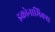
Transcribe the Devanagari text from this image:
इकोनामिक्स